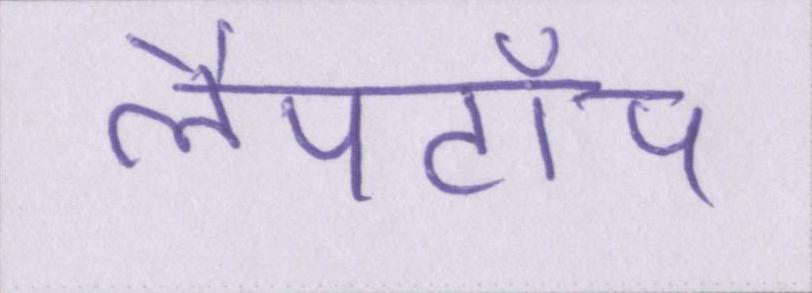
लैपटॉप